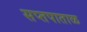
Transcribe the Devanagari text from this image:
सप्तपाताळ